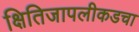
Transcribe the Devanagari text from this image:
क्षितिजापलीकडचा